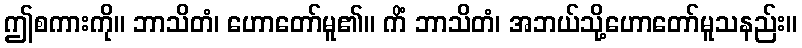
ဤစကားကို။ ဘာသိတံ၊ ဟောတော်မူ၏။ ကိံ ဘာသိတံ၊ အဘယ်သို့ဟောတော်မူသနည်း။